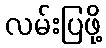
လမ်းပြဖို့